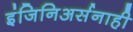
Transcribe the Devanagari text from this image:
इंजिनिअर्सनाही